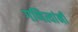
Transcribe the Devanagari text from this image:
गणित्यांनी